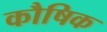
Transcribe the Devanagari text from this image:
कौषिक